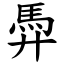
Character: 馵